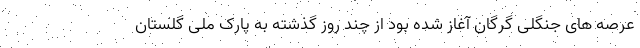
عرصه های جنگلی گرگان آغاز شده بود از چند روز گذشته به پارک ملی گلستان